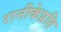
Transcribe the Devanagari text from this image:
रानीकेप्रति